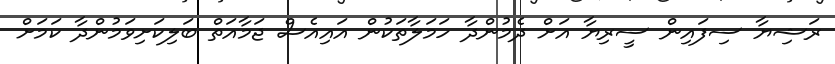
ރަޝިޔާ ސިފައިން ސީރިޔާ އަށް ދެމުންދާ ހަމަލާތަކުން އައިއެސް ޖަމާއަތް ބަލިކަށިވަމުންދާ ކަމަށް